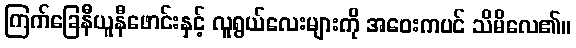
ကြက်ခြေနီယူနီဖောင်းနှင့် လူရွယ်လေးများကို အဝေးကပင် သိမိလေ၏။